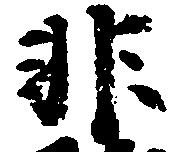
非